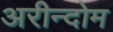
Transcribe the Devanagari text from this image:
अरीन्दोम